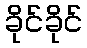
ခိုင်ခိုင်